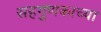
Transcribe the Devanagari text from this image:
सहगुणकाच्या